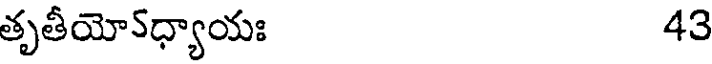
తృతీయో5ధ్యాయః 43